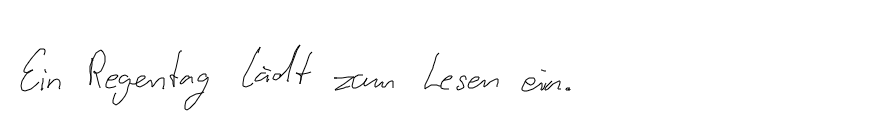
Ein Regentag lädt zum Lesen ein.